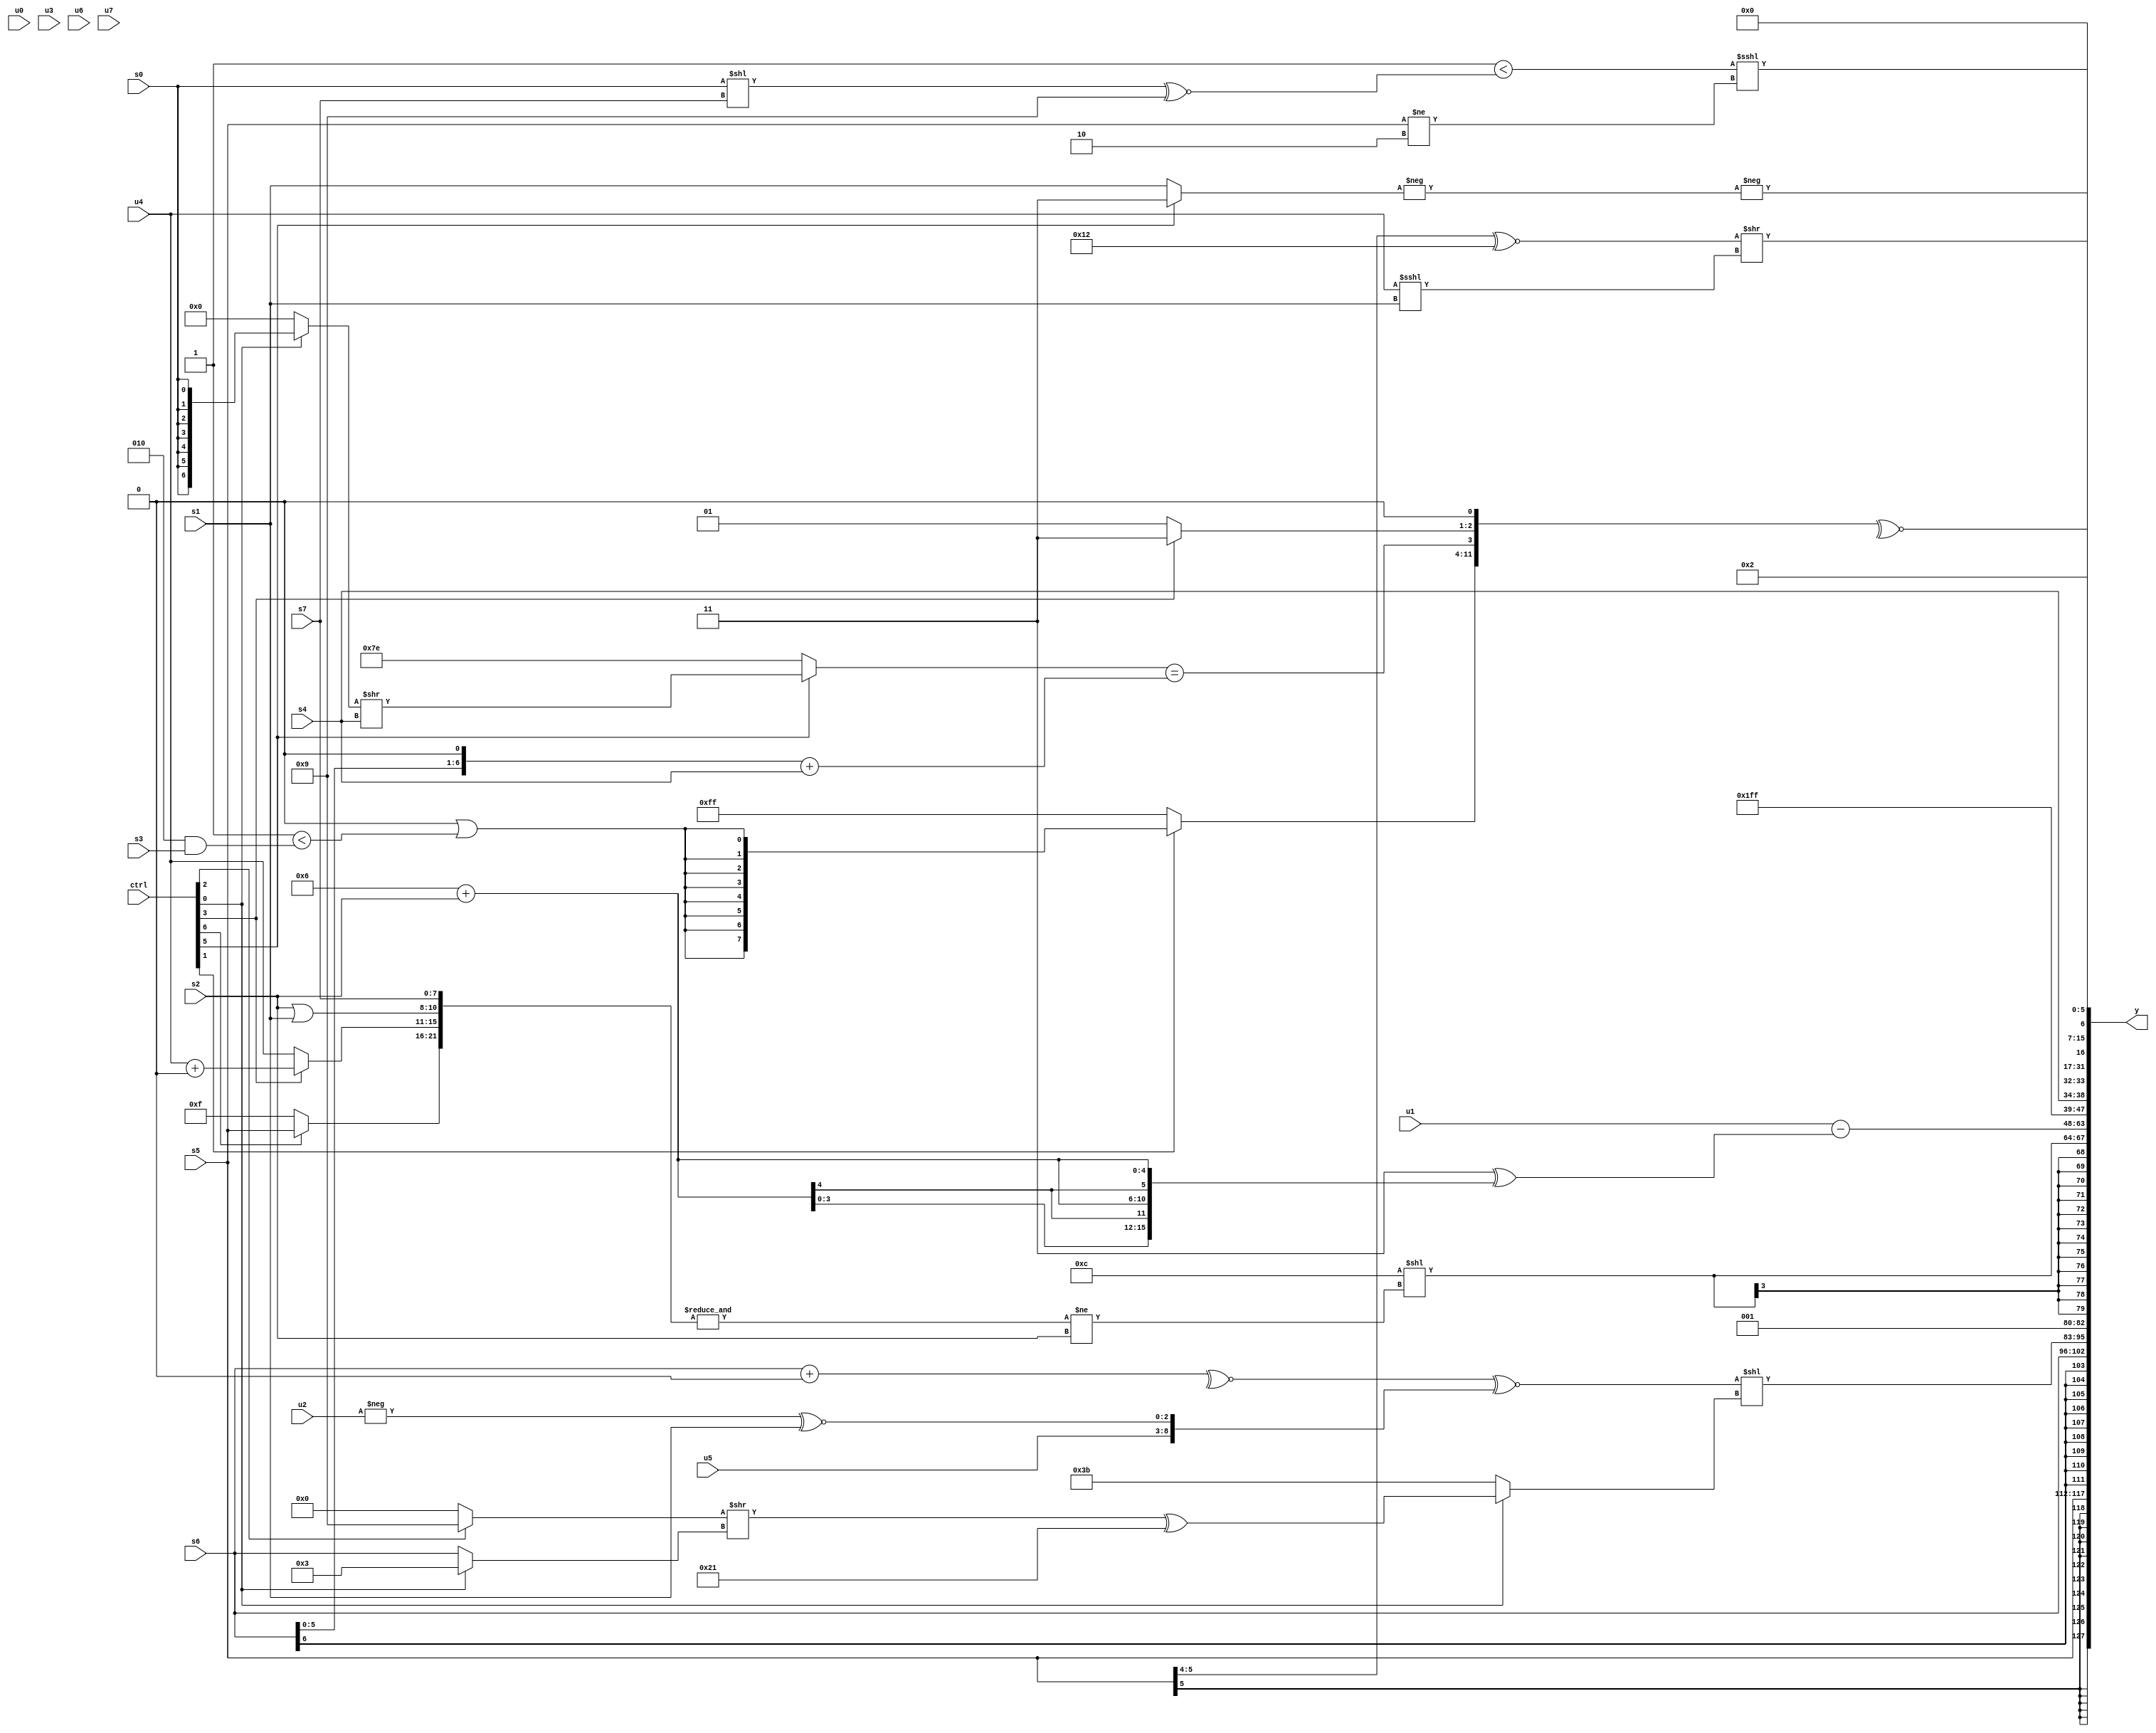
module wideexpr_00872(ctrl, u0, u1, u2, u3, u4, u5, u6, u7, s0, s1, s2, s3, s4, s5, s6, s7, y);
  input [7:0] ctrl;
  input [0:0] u0;
  input [1:0] u1;
  input [2:0] u2;
  input [3:0] u3;
  input [4:0] u4;
  input [5:0] u5;
  input [6:0] u6;
  input [7:0] u7;
  input signed [0:0] s0;
  input signed [1:0] s1;
  input signed [2:0] s2;
  input signed [3:0] s3;
  input signed [4:0] s4;
  input signed [5:0] s5;
  input signed [6:0] s6;
  input signed [7:0] s7;
  output [127:0] y;
  wire [15:0] y0;
  wire [15:0] y1;
  wire [15:0] y2;
  wire [15:0] y3;
  wire [15:0] y4;
  wire [15:0] y5;
  wire [15:0] y6;
  wire [15:0] y7;
  assign y = {y0,y1,y2,y3,y4,y5,y6,y7};
  assign y0 = s5;
  assign y1 = s6;
  assign y2 = {{1{s5}},$unsigned($signed(~|(s2))),$signed(((~^((s6)+(+(2'sb00))))^~({((s7)+(5'sb11101))>>((3'sb000)^~(6'sb101001)),+(+(u5)),(-(u2))^~(s1)}))<<((ctrl[0]?(((ctrl[2]?4'sb1001:1'sb0))>>((ctrl[0]?3'sb011:s6)))^(6'sb100001):-(5'sb00101)))),(-(3'sb110))>>>(2'b01)};
  assign y3 = $signed((4'b1100)<<((&({s7,$signed((ctrl[6]?s5:5'sb01111)),(ctrl[3]?(u4)+(1'b0):{1{u4}}),$signed((s2)|(s1))}))!=(s2)));
  assign y4 = (u1)-((3'b011)^({3{$signed((6'sb000110)+(s2))}}));
  assign y5 = $signed($signed({2'sb11,s4,$unsigned(-(-((ctrl[5]?$signed(1'sb1):s1))))}));
  assign y6 = ~^(+({(ctrl[1]?$signed(((-(-(s7)))>>({4{$signed(1'b1)}}))|($signed((1'sb1)<((3'sb010)&(s3))))):+(1'sb1)),$signed(((ctrl[5]?((ctrl[0]?$signed(s0):2'sb00))>>({s4}):2'sb10))==(((s6)<<(+({1{1'b1}})))+(s4))),(ctrl[3]?2'b11:1'sb1),1'sb0}));
  assign y7 = {2'sb10,(($signed(+(2'sb11)))<(((s0)<<(s7))^~($signed(4'sb1001))))<<<(-($signed((s5)!=(4'sb1110)))),($signed(((s5)>>>(3'b100))^~(5'sb10010)))>>((u4)<<<(s1))};
endmodule